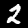
Label: 2